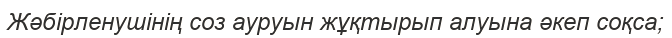
Жәбірленушінің соз ауруын жұқтырып алуына әкеп соқса;